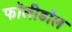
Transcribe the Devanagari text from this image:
फॉलीडॉल